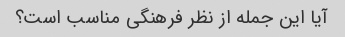
آیا این جمله از نظر فرهنگی مناسب است؟